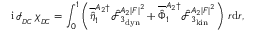
\mathrm { i } \, \mathcal { I } _ { _ { D C } } \, \chi _ { _ { D C } } = \int _ { 0 } ^ { 1 } \left( \overline { { \hat { \eta } } } _ { 1 } ^ { A _ { 2 } \dagger } \hat { \mathcal { F } } _ { 3 _ { \mathrm { d y n } } } ^ { A _ { 2 } | F | ^ { 2 } } + \overline { { \hat { \Phi } } } _ { 1 } ^ { A _ { 2 } \dagger } \hat { \mathcal { F } } _ { 3 _ { \mathrm { k i n } } } ^ { A _ { 2 } | F | ^ { 2 } } \right) \, r \mathrm { d } r ,